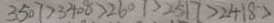
3 5 0 7 > 3 4 0 8 > 2 6 0 7 > 2 5 1 7 > 2 4 1 8 >